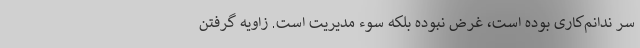
سر ندانم‌کاری بوده است، غرض نبوده بلکه سوء مدیریت است. زاویه گرفتن